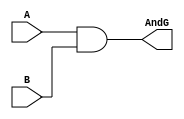
module And(input A, B, output AndG);
    assign AndG= A & B;
    endmodule